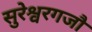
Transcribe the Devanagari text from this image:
सुरेश्वरगजौ